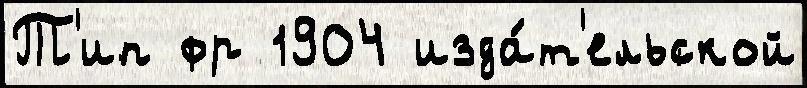
Т'ип фр 1904 изда́т'ельской